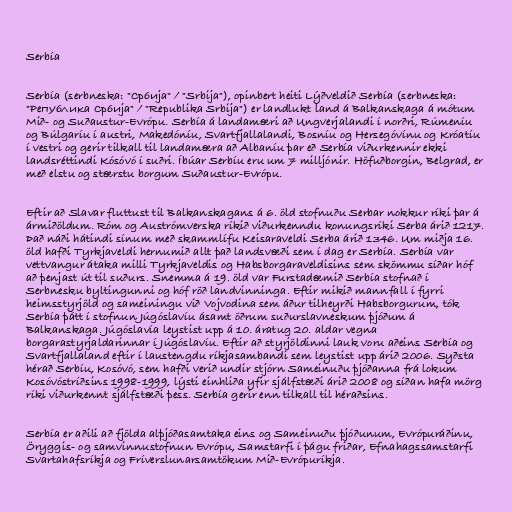
Serbía

Serbía (serbneska: "Србија" / "Srbija"), opinbert heiti Lýðveldið Serbía (serbneska:
"Република Србија" / "Republika Srbija") er landlukt land á Balkanskaga á mótum
Mið- og Suðaustur-Evrópu. Serbía á landamæri að Ungverjalandi í norðri, Rúmeníu
og Búlgaríu í austri, Makedóníu, Svartfjallalandi, Bosníu og Hersegóvínu og Króatíu
í vestri og gerir tilkall til landamæra að Albaníu þar eð Serbía viðurkennir ekki
landsréttindi Kósóvó í suðri. Íbúar Serbíu eru um 7 milljónir. Höfuðborgin, Belgrad, er
með elstu og stærstu borgum Suðaustur-Evrópu.

Eftir að Slavar fluttust til Balkanskagans á 6. öld stofnuðu Serbar nokkur ríki þar á
ármiðöldum. Róm og Austrómverska ríkið viðurkenndu konungsríki Serba árið 1217.
Það náði hátindi sínum með skammlífu Keisaraveldi Serba árið 1346. Um miðja 16.
öld hafði Tyrkjaveldi hernumið allt það landsvæði sem í dag er Serbía. Serbía var
vettvangur átaka milli Tyrkjaveldis og Habsborgaraveldisins sem skömmu síðar hóf
að þenjast út til suðurs. Snemma á 19. öld var Furstadæmið Serbía stofnað í
Serbnesku byltingunni og hóf röð landvinninga. Eftir mikið mannfall í fyrri
heimsstyrjöld og sameiningu við Vojvodina sem áður tilheyrði Habsborgurum, tók
Serbía þátt í stofnun Júgóslavíu ásamt öðrum suðurslavneskum þjóðum á
Balkanskaga. Júgóslavía leystist upp á 10. áratug 20. aldar vegna
borgarastyrjaldarinnar í Júgóslavíu. Eftir að styrjöldinni lauk voru aðeins Serbía og
Svartfjallaland eftir í laustengdu ríkjasambandi sem leystist upp árið 2006. Syðsta
hérað Serbíu, Kosóvó, sem hafði verið undir stjórn Sameinuðu þjóðanna frá lokum
Kosóvóstríðsins 1998-1999, lýsti einhliða yfir sjálfstæði árið 2008 og síðan hafa mörg
ríki viðurkennt sjálfstæði þess. Serbía gerir enn tilkall til héraðsins.

Serbía er aðili að fjölda alþjóðasamtaka eins og Sameinuðu þjóðunum, Evrópuráðinu,
Öryggis- og samvinnustofnun Evrópu, Samstarfi í þágu friðar, Efnahagssamstarfi
Svartahafsríkja og Fríverslunarsamtökum Mið-Evrópuríkja.